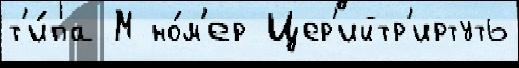
т'и́па М но́м'ер Цер'ийтр'иртуть